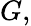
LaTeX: G,